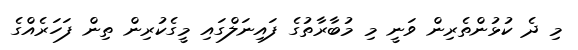
މި ދެ ކުޅުންތެރިން ވަނީ މި މުބާރާތުގެ ފައިނަލްގައި މީގެކުރިން ތިން ފަހަރެއްގެ